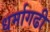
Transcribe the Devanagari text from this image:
धर्मागढी